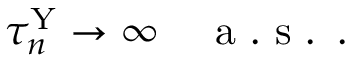
\tau _ { n } ^ { \mathrm { Y } } \to \infty \quad \mathrm { ~ a ~ . ~ s ~ . ~ } \, .